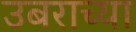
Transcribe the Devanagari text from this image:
उबराच्या